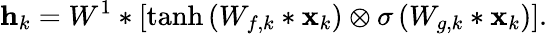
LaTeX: {\mathbf h}_{k}=W^{1}*\left[\operatorname{tanh}\left(W_{f,k}*{\mathbf{x}}_{k}\right)\otimes\sigma\left(W_{g,k}*{\mathbf{x}}_{k}\right)\right].